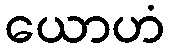
ယောဟံ